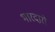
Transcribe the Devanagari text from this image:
भारदारो